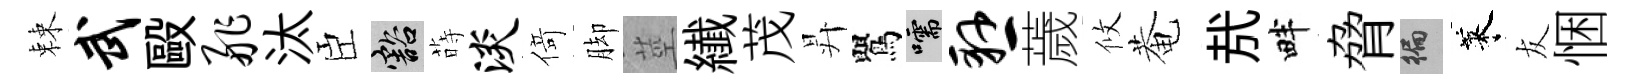
棘武毆舴汰臣豁蒔淡𠋣脚莖纎茂昇鸎嚅悬薉攸菴㢤畔脅徧萊友悃